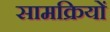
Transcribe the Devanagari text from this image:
सामक्रियों